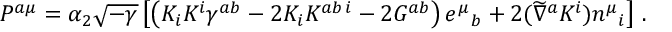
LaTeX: { \cal P } ^ { a \mu } = \alpha _ { 2 } \sqrt { - \gamma } \left[ \left( K _ { i } K ^ { i } \gamma ^ { a b } - 2 K _ { i } K ^ { a b \, i } - 2 { \cal G } ^ { a b } \right) e ^ { \mu } { } _ { b } + 2 ( \widetilde \nabla ^ { a } K ^ { i } ) n ^ { \mu } { } _ { i } \right] \, .